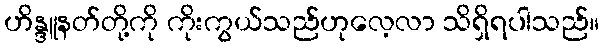
ဟိန္ဒူနတ်တို့ကို ကိုးကွယ်သည်ဟုလေ့လာ သိရှိရပါသည်။